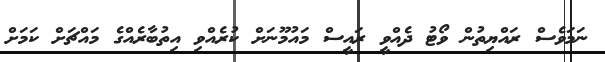
ނަމަވެސް ރައްޔިތުން ވޯޓު ދެއްވީ ރައީސް މައުމޫނަށް ކުރެއްވި އިތުބާރެއްގެ މައްޗަށް ކަމަށް